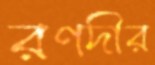
রণদীর